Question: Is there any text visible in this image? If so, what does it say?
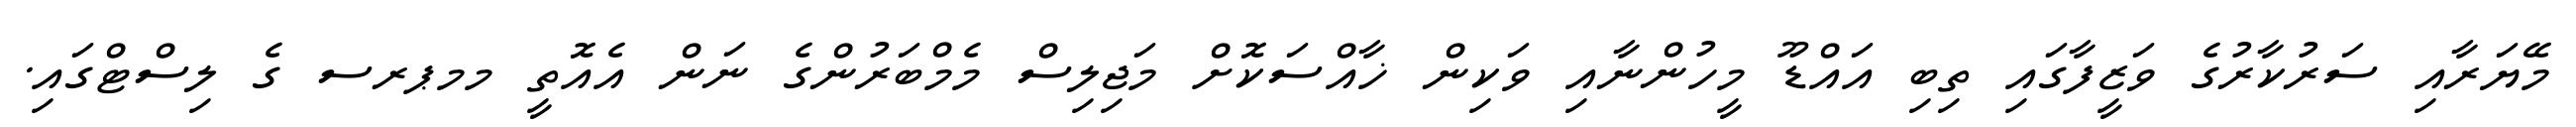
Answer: މޭޔަރާއި ސަރުކާރުގެ ވަޒީފާގައި ތިބި އައްޑޫ މީހުންނާއި ވަކިން ޚާއްސަކޮށް މަޖިލިސް މެމްބަރުންގެ ނަން އެއޮތީ މމޕރސ ގެ ލިސްޓްގައި.